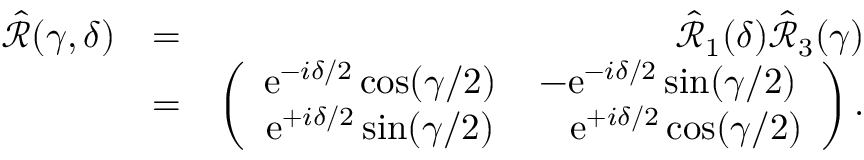
\begin{array} { r l r } { \hat { \mathcal { R } } ( \gamma , \delta ) } & { = } & { \hat { \mathcal { R } } _ { 1 } ( \delta ) \hat { \mathcal { R } } _ { 3 } ( \gamma ) } \\ & { = } & { \left( \begin{array} { c c } { \mathrm { e } ^ { - i \delta / 2 } \cos ( \gamma / 2 ) } & { - \mathrm { e } ^ { - i \delta / 2 } \sin ( \gamma / 2 ) } \\ { \mathrm { e } ^ { + i \delta / 2 } \sin ( \gamma / 2 ) } & { \ \ \ \mathrm { e } ^ { + i \delta / 2 } \cos ( \gamma / 2 ) } \end{array} \right) . } \end{array}